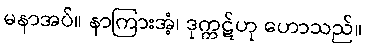
မနာအပ်။ နာကြားအံ့၊ ဒုက္ကဋ်ဟု ဟောသည်။